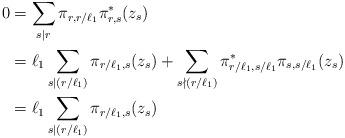
LaTeX: \begin{align*}0&=\sum_{s|r}\pi_{r,r/\ell_1}\pi_{r,s}^*(z_s)\\&=\ell_1\sum_{s|(r/\ell_1)}\pi_{r/\ell_1,s}(z_s)+\sum_{s\nmid(r/\ell_1)}\pi_{r/\ell_1,s/\ell_1}^*\pi_{s,s/\ell_1}(z_s)\\&=\ell_1\sum_{s|(r/\ell_1)}\pi_{r/\ell_1,s}(z_s)\end{align*}